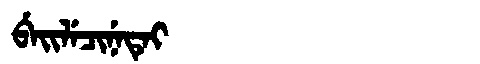
Manchu: ᠪᡝᡳᠯᡝᠴᡳᠨᡝᡨᡝᡳ
Romanization: BEILECINETEI